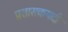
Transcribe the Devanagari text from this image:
प्रशासकपदी